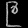
Digit: ၉